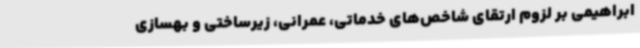
ابراهیمی بر لزوم ارتقای شاخص‌های خدماتی، عمرانی، زیرساختی و بهسازی